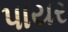
પાયર